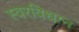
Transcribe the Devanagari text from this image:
स्वरविधान